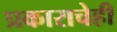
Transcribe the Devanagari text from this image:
प्रकाराचेही